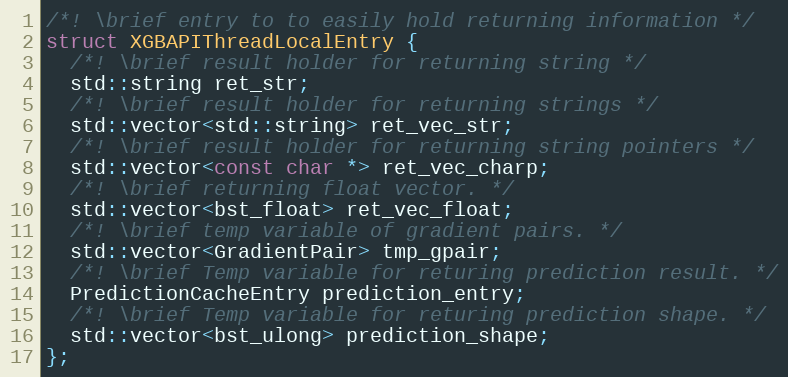
Language: C
/*! \brief entry to to easily hold returning information */
struct XGBAPIThreadLocalEntry {
  /*! \brief result holder for returning string */
  std::string ret_str;
  /*! \brief result holder for returning strings */
  std::vector<std::string> ret_vec_str;
  /*! \brief result holder for returning string pointers */
  std::vector<const char *> ret_vec_charp;
  /*! \brief returning float vector. */
  std::vector<bst_float> ret_vec_float;
  /*! \brief temp variable of gradient pairs. */
  std::vector<GradientPair> tmp_gpair;
  /*! \brief Temp variable for returing prediction result. */
  PredictionCacheEntry prediction_entry;
  /*! \brief Temp variable for returing prediction shape. */
  std::vector<bst_ulong> prediction_shape;
};